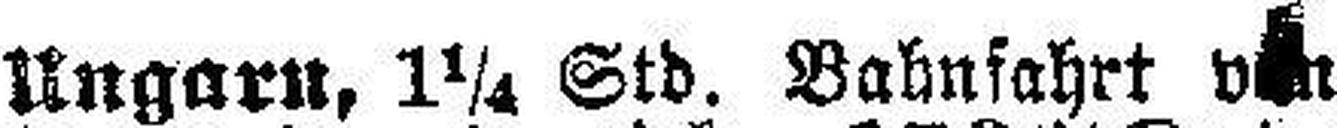
Ungarn, 1¼ Std. Bahnfahrt von